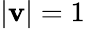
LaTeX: |\mathbf{v}|=1